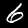
Label: 6